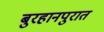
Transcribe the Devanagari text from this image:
बुरहानपुरात